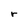
Character: r